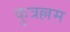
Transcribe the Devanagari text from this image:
कुत्रल्लम